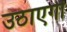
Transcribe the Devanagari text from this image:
उठाएगी